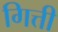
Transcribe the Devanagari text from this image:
गित्ती